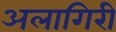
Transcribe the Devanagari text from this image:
अलागिरी